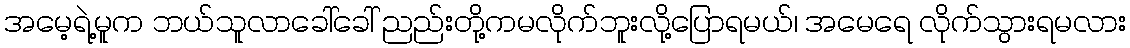
အမေ့ရဲ့မူက ဘယ်သူလာခေါ်ခေါ် ညည်းတို့ကမလိုက်ဘူးလို့ပြောရမယ်၊ အမေရေ လိုက်သွားရမလား